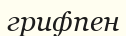
грифпен